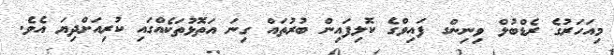
މިއަހަރުގެ ރެޑްބުލް ވިނިންގ ފައިވްގެ ކޮލިފައިން ބުރުތައް ގިނަ އަތޮޅުތަކެއްގައި ކުރިއަށްދިޔަ އެވެ.